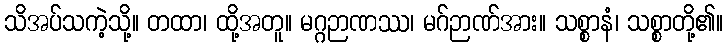
သိအပ်သကဲ့သို့။ တထာ၊ ထို့အတူ။ မဂ္ဂဉာဏဿ၊ မဂ်ဉာဏ်အား။ သစ္စာနံ၊ သစ္စာတို့၏။